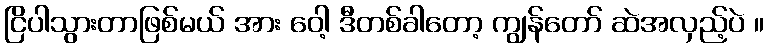
ငြိပါသွားတာဖြစ်မယ် အား ဝေါ့ ဒီတစ်ခါတော့ ကျွန်တော် ဆဲအလှည့်ပဲ ။